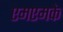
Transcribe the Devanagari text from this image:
एमएमके